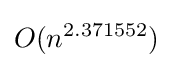
O(n^{2.371552})